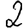
Digit: 2